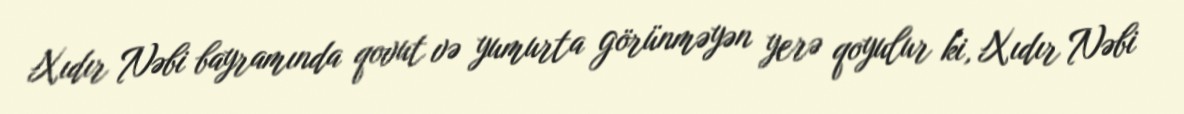
Xıdır Nəbi bayramında qovut və yumurta görünməyən yerə qoyulur ki, Xıdır Nəbi